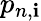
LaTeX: p_{n,\mathbf{i}}